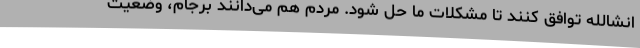
انشالله توافق کنند تا مشکلات ما حل شود. مردم هم می‌دانند برجام، وضعیت